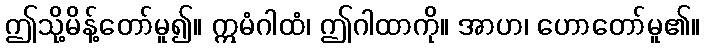
ဤသို့မိန့်တော်မူ၍။ ဣမံဂါထံ၊ ဤဂါထာကို။ အာဟ၊ ဟောတော်မူ၏။